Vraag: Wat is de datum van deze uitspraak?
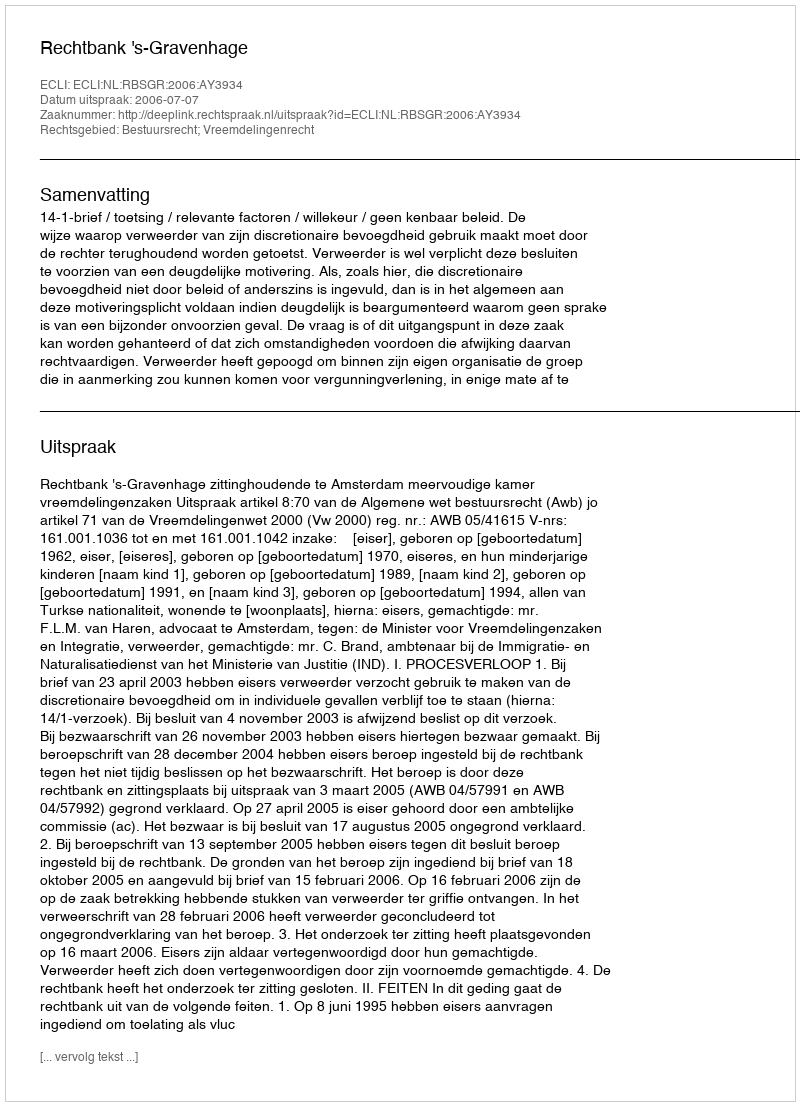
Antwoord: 2006-07-07